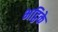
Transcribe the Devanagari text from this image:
भट्ठिके